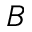
B